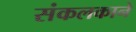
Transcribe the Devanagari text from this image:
संकलकाने